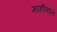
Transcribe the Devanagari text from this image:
माहीवाल